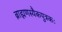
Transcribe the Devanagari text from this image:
ब्राह्मणस्यैकपुत्रकः